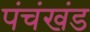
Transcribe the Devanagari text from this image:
पंचंखंड